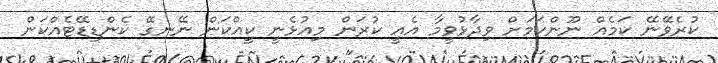
ކުރެވޭނޭ ކަމެއް ނޫންކަމަށް ވިދާޅުވީމާ އެއީ ކުރަން މިއުޅެނީ ކީއްކަން ނޭނގޭ ކެންޑިޑޭޓެއްކަން